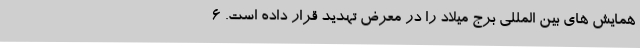
همایش های بین المللی برج میلاد را در معرض تهدید قرار داده است. ۶-